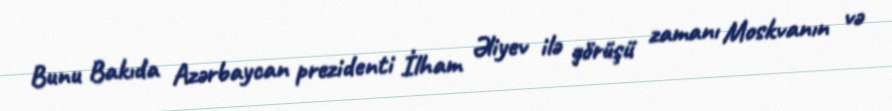
Bunu Bakıda Azərbaycan prezidenti İlham Əliyev ilə görüşü zamanı Moskvanın və